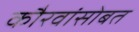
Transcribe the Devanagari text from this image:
कौरवांसोबत